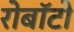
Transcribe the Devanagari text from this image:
रोबॉटो